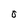
Character: o